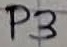
Text: P3